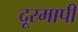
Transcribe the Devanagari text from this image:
दूरमापी